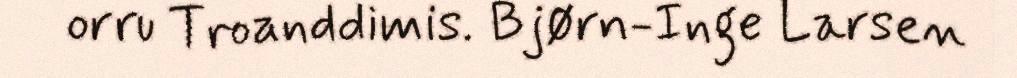
orru Troanddimis. Bjørn-Inge Larsen